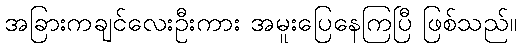
အခြားကချင်လေးဦးကား အမူးပြေနေကြပြီ ဖြစ်သည်။